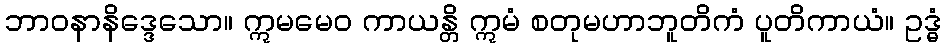
ဘာဝနာနိဒ္ဒေသော။ ဣမမေဝ ကာယန္တိ ဣမံ စတုမဟာဘူတိကံ ပူတိကာယံ။ ဥဒ္ဓံ